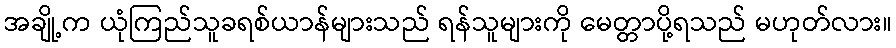
အချို့က ယုံကြည်သူခရစ်ယာန်များသည် ရန်သူများကို မေတ္တာပို့ရသည် မဟုတ်လား။